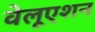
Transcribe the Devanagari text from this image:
वेलूएशन